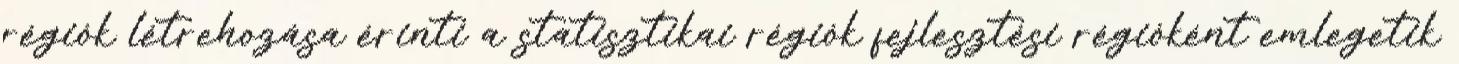
régiók létrehozása érinti a statisztikai régiók fejlesztési régióként emlegetik